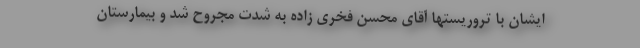
ایشان با تروریستها آقای محسن فخری زاده به شدت مجروح شد و بیمارستان